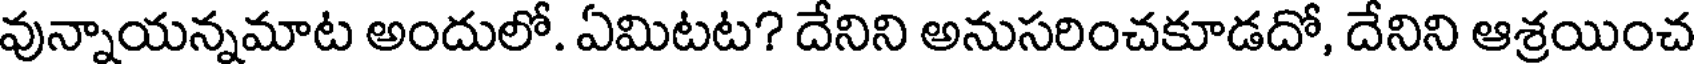
వున్నాయన్నమాట అందులో. ఏమిటట? దేనిని అనుసరించకూడదో, దేనిని ఆశ్రయించ